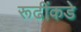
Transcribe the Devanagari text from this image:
रूढींकडे